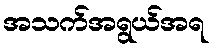
အသက်အရွယ်အရ